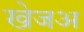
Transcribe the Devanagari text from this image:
खेजअ